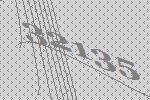
32135